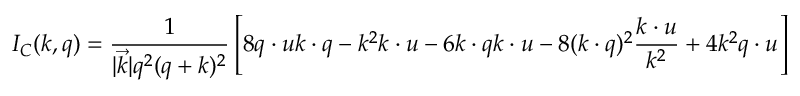
I _ { C } ( k , q ) = \frac { 1 } { | \vec { k } | q ^ { 2 } ( q + k ) ^ { 2 } } \left[ 8 q \cdot u k \cdot q - k ^ { 2 } k \cdot u - 6 k \cdot q k \cdot u - 8 ( k \cdot q ) ^ { 2 } \frac { k \cdot u } { k ^ { 2 } } + 4 k ^ { 2 } q \cdot u \right]